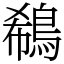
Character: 鵗